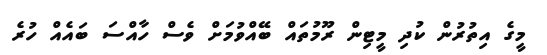
މީގެ އިތުރުން ކުދި މީޓިން ރޫމުތައް ބޭއްވުމަށް ވެސް ހާއްސަ ބައެއް ހުރެ